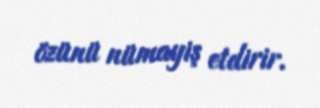
özünü nümayiş etdirir.